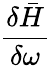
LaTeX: \frac{\delta\bar{H}}{\delta\omega}